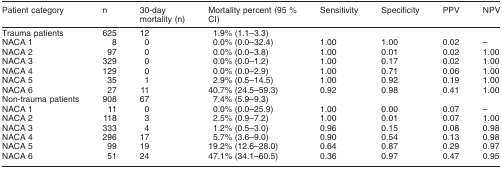
| Patient category | n | 30-day mortality (n) | Mortality percent (95 % CI) | Sensitivity | Specificity | PPV | NPV |
 | --- | --- | --- | --- | --- | --- | --- | --- |
 | Trauma patients | 625 | 12 | 1.9% (1.1–3.3) |  |  |  |  |
 | NACA 1 | 8 | 0 | 0.0% (0.0–32.4) | 1.00 | 1.00 | 0.02 | – |
 | NACA 2 | 97 | 0 | 0.0% (0.0–3.8) | 1.00 | 0.01 | 0.02 | 1.00 |
 | NACA 3 | 329 | 0 | 0.0% (0.0–1.2) | 1.00 | 0.17 | 0.02 | 1.00 |
 | NACA 4 | 129 | 0 | 0.0% (0.0–2.9) | 1.00 | 0.71 | 0.06 | 1.00 |
 | NACA 5 | 35 | 1 | 2.9% (0.5–14.5) | 1.00 | 0.92 | 0.19 | 1.00 |
 | NACA 6 | 27 | 11 | 40.7% (24.5–59.3) | 0.92 | 0.98 | 0.41 | 1.00 |
 | Non-trauma patients | 908 | 67 | 7.4% (5.9–9.3) |  |  |  |  |
 | NACA 1 | 11 | 0 | 0.0% (0.0–25.9) | 1.00 | 0.00 | 0.07 | – |
 | NACA 2 | 118 | 3 | 2.5% (0.9–7.2) | 1.00 | 0.01 | 0.07 | 1.00 |
 | NACA 3 | 333 | 4 | 1.2% (0.5–3.0) | 0.96 | 0.15 | 0.08 | 0.98 |
 | NACA 4 | 296 | 17 | 5.7% (3.6–9.0) | 0.90 | 0.54 | 0.13 | 0.98 |
 | NACA 5 | 99 | 19 | 19.2% (12.6–28.0) | 0.64 | 0.87 | 0.29 | 0.97 |
 | NACA 6 | 51 | 24 | 47.1% (34.1–60.5) | 0.36 | 0.97 | 0.47 | 0.95 |